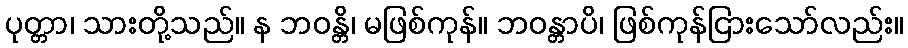
ပုတ္တာ၊ သားတို့သည်။ န ဘဝန္တိ၊ မဖြစ်ကုန်။ ဘဝန္တာပိ၊ ဖြစ်ကုန်ငြားသော်လည်း။